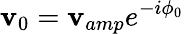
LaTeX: \mathbf{v}_{0}=\mathbf{v}_{amp}e^{-i\phi_{0}}